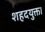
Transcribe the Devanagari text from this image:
शहदयुक्त।